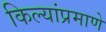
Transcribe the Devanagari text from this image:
किल्यांप्रमाणे